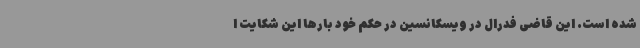
شده است. این قاضی فدرال در ویسکانسین در حکم خود بارها این شکایت ا